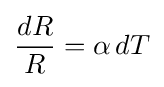
{\frac {dR}{R}}=\alpha \,dT